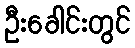
ဦးခေါင်းတွင်